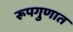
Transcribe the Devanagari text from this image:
रूपगुणात